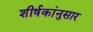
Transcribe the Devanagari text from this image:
शीर्षकांनुसार